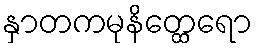
နှာတကမုနိတ္ထေရော